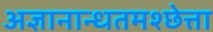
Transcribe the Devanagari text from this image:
अज्ञानान्धतमश्छेत्ता